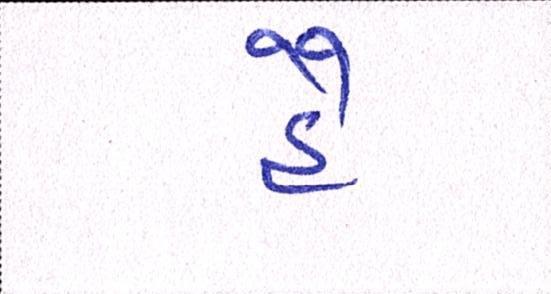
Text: હૈ